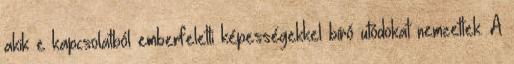
akik e kapcsolatból emberfeletti képességekkel bíró utódokat nemzettek. A